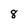
Character: 8